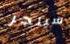
سينجر